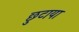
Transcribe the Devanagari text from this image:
छुटाया